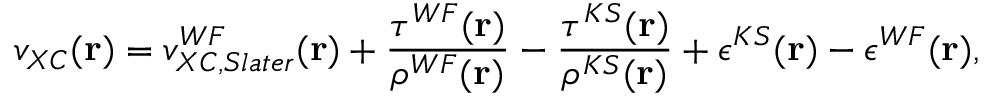
v _ { X C } ( \mathbf { r } ) = v _ { X C , S l a t e r } ^ { W F } ( \mathbf { r } ) + \frac { \tau ^ { W F } ( \mathbf { r } ) } { \rho ^ { W F } ( \mathbf { r } ) } - \frac { \tau ^ { K S } ( \mathbf { r } ) } { \rho ^ { K S } ( \mathbf { r } ) } + \epsilon ^ { K S } ( \mathbf { r } ) - \epsilon ^ { W F } ( \mathbf { r } ) ,